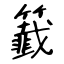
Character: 籖